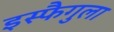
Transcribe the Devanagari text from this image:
इस्फैगुला